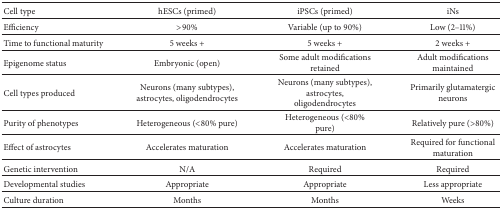
<table><thead><tr><td><b>Cell type</b></td><td><b>hESCs (primed)</b></td><td><b>iPSCs (primed)</b></td><td><b>iNs</b></td></tr></thead><tbody><tr><td>Efficiency</td><td>&gt;90%</td><td>Variable (up to 90%)</td><td>Low (2–11%)</td></tr><tr><td>Time to functional maturity</td><td>5 weeks +</td><td>5 weeks +</td><td>2 weeks +</td></tr><tr><td>Epigenome status</td><td>Embryonic (open)</td><td>Some adult modifications retained</td><td>Adult modifications maintained</td></tr><tr><td>Cell types produced</td><td>Neurons (many subtypes), astrocytes, oligodendrocytes</td><td>Neurons (many subtypes), astrocytes, oligodendrocytes</td><td>Primarily glutamatergic neurons</td></tr><tr><td>Purity of phenotypes</td><td>Heterogeneous (&lt;80% pure)</td><td>Heterogeneous (&lt;80% pure)</td><td>Relatively pure (&gt;80%)</td></tr><tr><td>Effect of astrocytes</td><td>Accelerates maturation</td><td>Accelerates maturation</td><td>Required for functional maturation</td></tr><tr><td>Genetic intervention</td><td>N/A</td><td>Required</td><td>Required</td></tr><tr><td>Developmental studies</td><td>Appropriate</td><td>Appropriate</td><td>Less appropriate</td></tr><tr><td>Culture duration</td><td>Months</td><td>Months</td><td>Weeks</td></tr></tbody></table>